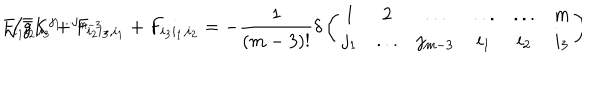
LaTeX: F _ { i _ { 1 } i _ { 2 } , i _ { 3 } } + F _ { i _ { 2 } i _ { 3 } , i _ { 1 } } + F _ { i _ { 3 } i _ { 1 } , i _ { 2 } } = - \frac { 1 } { ( m - 3 ) ! } \delta \left( \begin{array} { c c c c c c } { { 1 } } & { { 2 } } & { { . . . } } & { { . . . } } & { { . . . } } & { { m } } \\ { { j _ { 1 } } } & { { . . . } } & { { j _ { m - 3 } } } & { { i _ { 1 } } } & { { i _ { 2 } } } & { { i _ { 3 } } } \\ \end{array} \right) \hspace { - 1 m m } \sqrt { \bar { g } } K ^ { j _ { 1 } . . . j _ { m - 3 } } ,